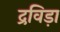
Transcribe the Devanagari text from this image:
द्रविड़ा